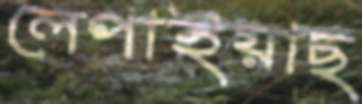
লেপাইয়াছ